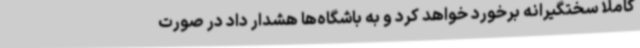
کاملا سختگیرانه برخورد خواهد کرد و به باشگاه‌ها هشدار داد در صورت